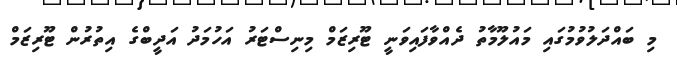
މި ބައްދަލުވުމުގައި މައުލޫމާތު ދެއްވާފައިވަނީ ޓޫރިޒަމް މިނިސްޓަރު އަހުމަދު އަދީބްގެ އިތުރުން ޓޫރިޒަމް